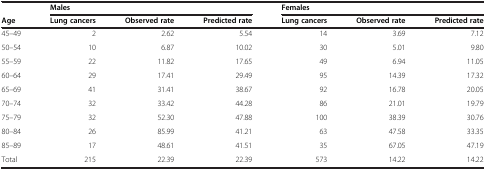
|  | Males |  |  | Females |  |  |
 | Age | Lung cancers | Observed rate | Predicted rate | Lung cancers | Observed rate | Predicted rate |
 | --- | --- | --- | --- | --- | --- | --- |
 | 45–49 | 2 | 2.62 | 5.54 | 14 | 3.69 | 7.12 |
 | 50–54 | 10 | 6.87 | 10.02 | 30 | 5.01 | 9.80 |
 | 55–59 | 22 | 11.82 | 17.65 | 49 | 6.94 | 11.05 |
 | 60–64 | 29 | 17.41 | 29.49 | 95 | 14.39 | 17.32 |
 | 65–69 | 41 | 31.41 | 38.67 | 92 | 16.78 | 20.05 |
 | 70–74 | 32 | 33.42 | 44.28 | 86 | 21.01 | 19.79 |
 | 75–79 | 32 | 52.30 | 47.88 | 100 | 38.39 | 30.76 |
 | 80–84 | 26 | 85.99 | 41.21 | 63 | 47.58 | 33.35 |
 | 85–89 | 17 | 48.61 | 41.51 | 35 | 67.05 | 47.19 |
 | Total | 215 | 22.39 | 22.39 | 573 | 14.22 | 14.22 |